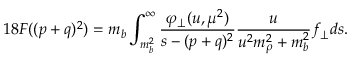
1 8 F ( ( p + q ) ^ { 2 } ) = m _ { b } \int _ { m _ { b } ^ { 2 } } ^ { \infty } \frac { \varphi _ { \perp } ( u , \mu ^ { 2 } ) } { s - ( p + q ) ^ { 2 } } \frac { u } { u ^ { 2 } m _ { \rho } ^ { 2 } + m _ { b } ^ { 2 } } f _ { \perp } d s .